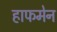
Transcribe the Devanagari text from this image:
हाफमेन